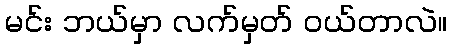
မင်း ဘယ်မှာ လက်မှတ် ဝယ်တာလဲ။